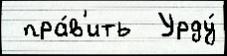
 пра́в'ить  Урду́